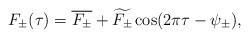
LaTeX: \begin{align*}F_\pm(\tau) = \overline{F_{\pm}} + \widetilde{F_\pm} \cos(2\pi \tau - \psi_{\pm}),\end{align*}